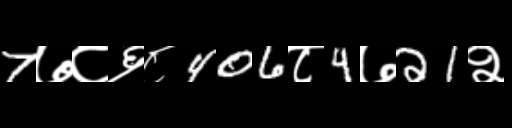
Text: 7७८६८406८4७21२